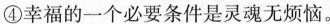
④幸福的一个必要条件是灵魂无烦恼。